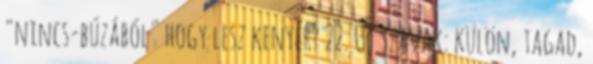
"nincs-búzából" hogy lesz kenyér? 22. Új szavak: külön, tagad,